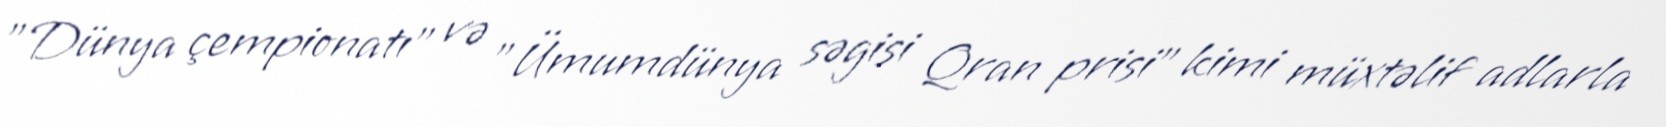
"Dünya çempionatı" və "Ümumdünya səgisi Qran prisi" kimi müxtəlif adlarla